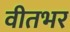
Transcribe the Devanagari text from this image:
वीतभर